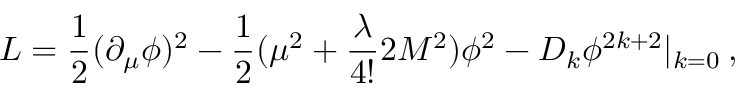
{ \cal L } = \frac { 1 } { 2 } ( \partial _ { \mu } \phi ) ^ { 2 } - \frac { 1 } { 2 } ( \mu ^ { 2 } + \frac { \lambda } { 4 ! } 2 M ^ { 2 } ) \phi ^ { 2 } - D _ { k } \phi ^ { 2 k + 2 } | _ { k = 0 } \: ,